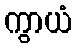
ကွာယံ